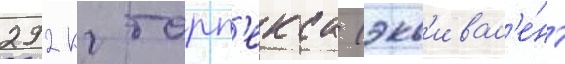
292 кг торп'екса (экв'ивал'е́нт